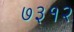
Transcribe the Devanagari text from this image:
७३१२